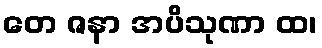
တေ ဇနာ အပိသုဏာ ထ၊